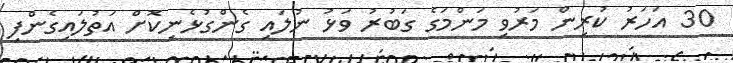
30 އަހަރު ކުރިން މަރުވި މަންމަގެ ގަބުރު ވަޅު ނުލައި ގެންގުޅެނިކޮށް އަތުލައިގެންފި